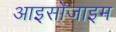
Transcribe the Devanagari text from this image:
आइसोजाइम